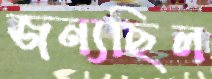
জন্যছিল